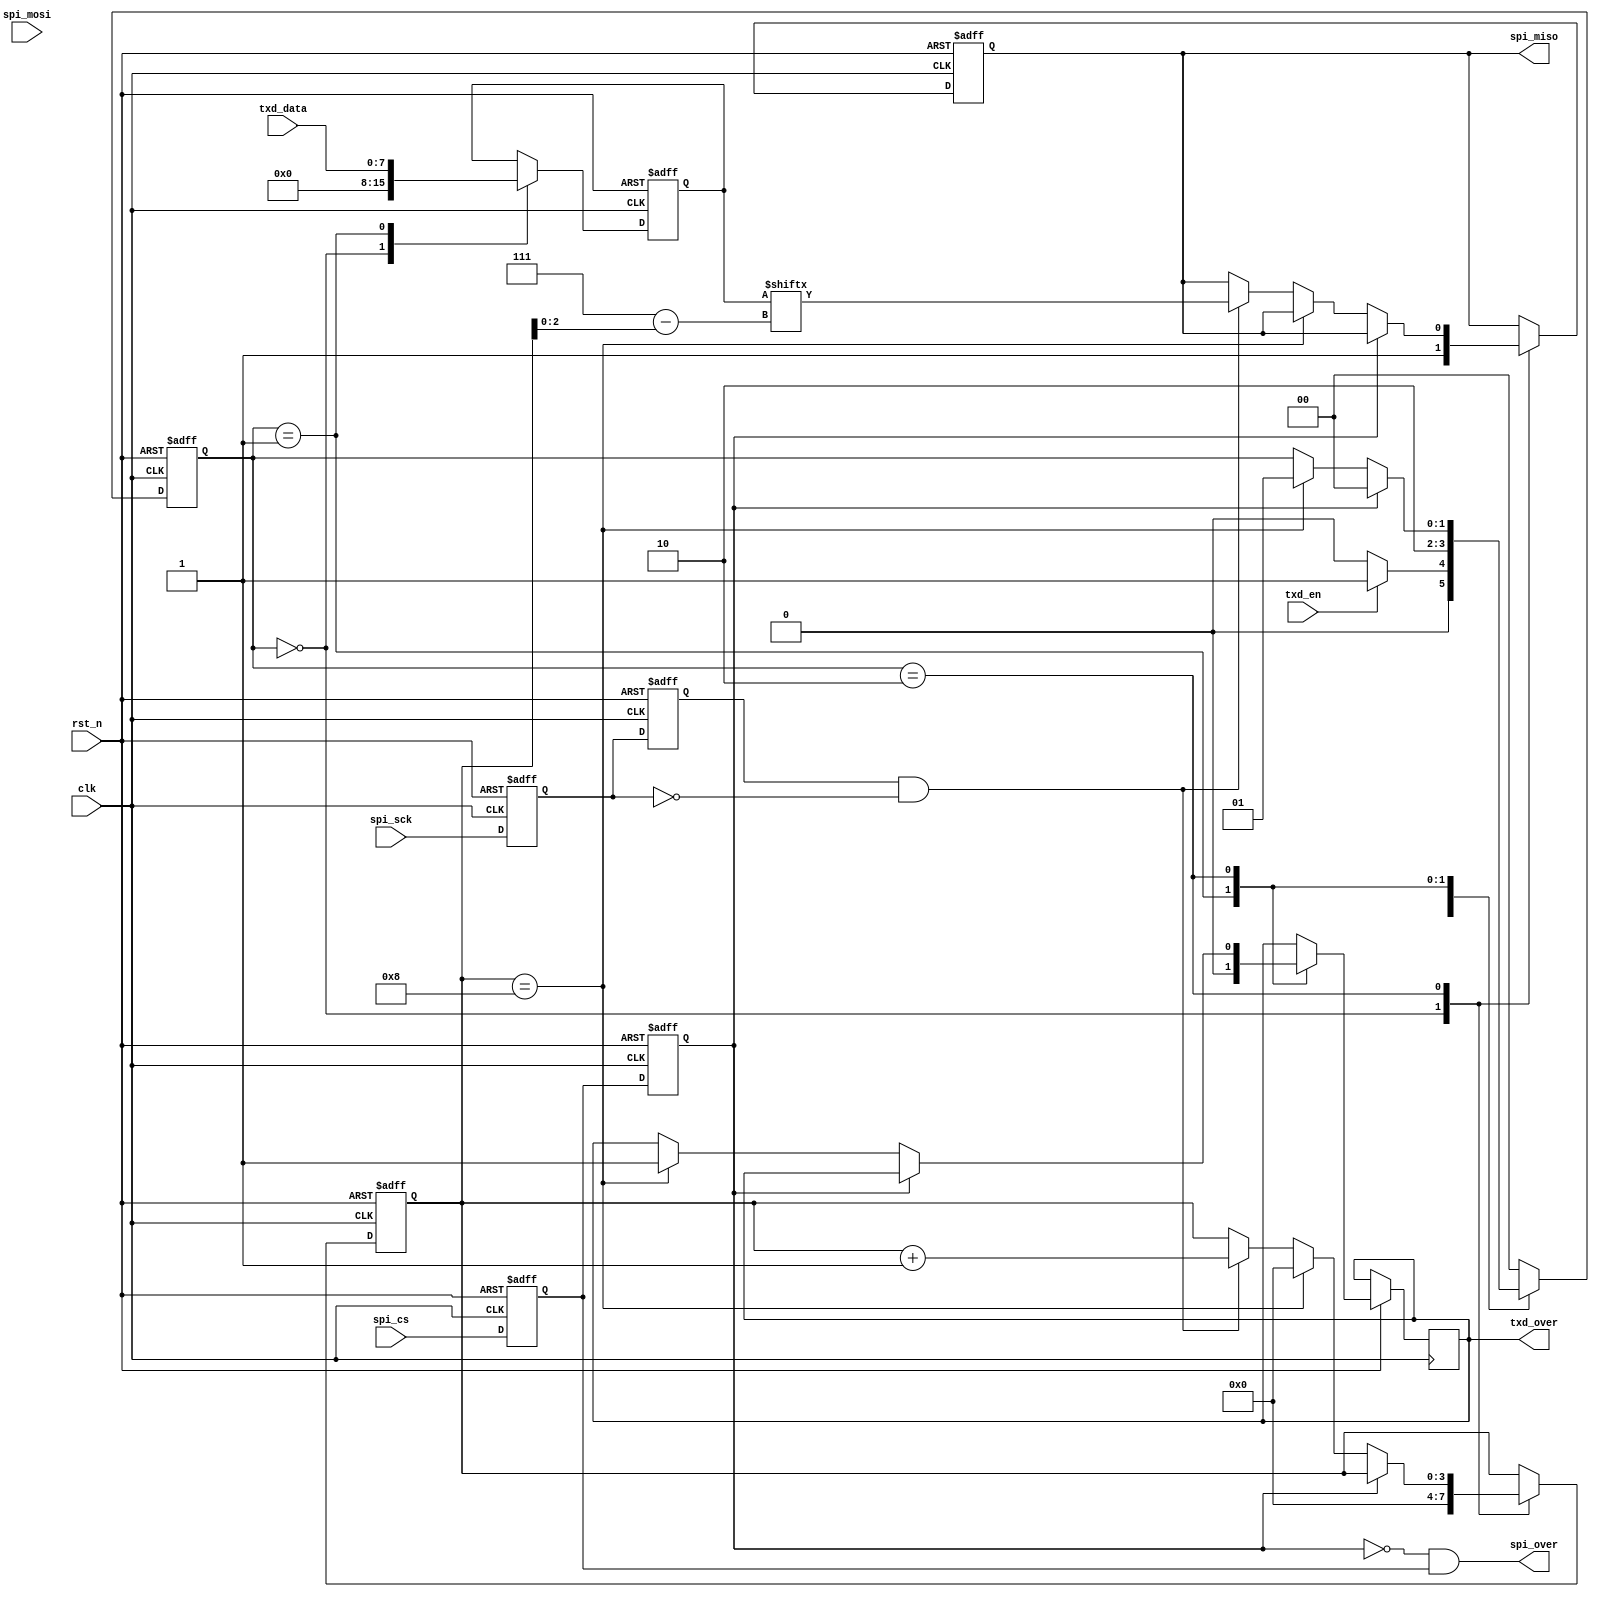
/********************************Copyright**************************************                           
    **----------------------------File information--------------------------
    ** Funtions   :FPGA
    ** Operate on :M5C06N3L114C7
    ** Copyright  :All rights reserved. 
    ** Version    :V1.0
    **---------------------------Modify the file information----------------
    ** Modified by   :
    ** Modified data :        
    ** Modify Content:
    *******************************************************************************/
 
  module  spi_slave_txd  (
               clk,
               rst_n,
               
                         txd_en,
                         txd_data,
                         
                         spi_cs,
                         spi_sck,
                         spi_mosi,
                         spi_miso,
                         
                         spi_over,
                         txd_over
                 );
     input          clk;
     input          rst_n;
     
     input          txd_en;
     input  [7:0]   txd_data;
     input          spi_cs;
     input          spi_sck;
     input          spi_mosi;
     output   reg   spi_miso;
     
     output         spi_over;
     output   reg   txd_over;
     
     //----------------------------------
      reg        spi_cs_0,spi_cs_1;
        reg        spi_sck_0,spi_sck_1;
        wire       spi_sck_neg;
        wire       spi_over;
        wire       spi_cs_flag;
        always @(posedge clk or negedge rst_n)
         begin
          if(!rst_n)
           begin
             {spi_cs_1,spi_cs_0} <= 2'b11;
                 {spi_sck_1,spi_sck_0} <= 2'b00;
            end
          else 
            begin
             {spi_cs_1,spi_cs_0} <=  {spi_cs_0,spi_cs};
                 {spi_sck_1,spi_sck_0} <= {spi_sck_0,spi_sck};
            end
          end
        
        assign spi_cs_flag = spi_cs_1;
        assign spi_sck_neg = (spi_sck_1&(~spi_sck_0));
        assign spi_over  =     ~spi_cs_1&spi_cs_0;
     //---------------------------------------------//
     localparam   idel = 2'd0;
     localparam   txd_sta= 2'd2;
     localparam   txd_data_sta = 2'd1;
     reg     [1:0]  state;
     reg     [3:0]  cnt;
     reg     [7:0]  txdata;
     
    always @(posedge clk or negedge rst_n)
     begin
      if(!rst_n)
       begin
         state <= idel;
             cnt <= 0;
         txdata <= 0;
             spi_miso <= 1;   /*  */
      end
      else 
        begin
          case(state)
                 idel:
                   begin
                         cnt <= 0;
               txdata <= 0;
                         spi_miso <= 1;   /*  */
                         if(txd_en)     
                          begin
                                 state <= txd_data_sta;
                                 
                                end
                            else
                                begin
                                    state <= idel;    
                                end                                    
                      end
                    txd_data_sta:
                      begin
                                txdata <= txd_data;
                                state <= txd_sta;    
                                txd_over <=0;
                            end
                 txd_sta:
                     begin
                        if(spi_cs_flag )     
                             state <= idel;
                        else if(cnt == 8)
                          begin
                                cnt <= 0;    
                                txd_over <= 1;
                                state <= txd_data_sta;
                                end
                         else
                                begin
                                     if(spi_sck_neg)
                                         begin
                                             spi_miso <= txdata[7-cnt[2:0]] ; /*  */
                                             cnt <= cnt +1;    /* 0-8 */
                                            end
                                        else 
                                            begin
                                                spi_miso <= spi_miso; /*  */
                                              cnt <= cnt;
                                            end
                                    end                                                     
                          end
                default:state <= idel;
             endcase    
        end
      end        
    
    endmodule